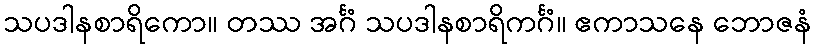
သပဒါနစာရိကော။ တဿ အင်္ဂံ သပဒါနစာရိကင်္ဂံ။ ဧကာသနေ ဘောဇနံ